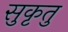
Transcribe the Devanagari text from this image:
सुकृतु